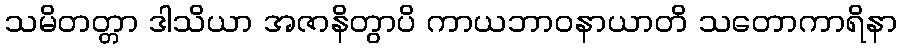
သမိတတ္တာ ဒါသိယာ အဇာနိတွာပိ ကာယဘာဝနာယာတိ သတောကာရိနာ